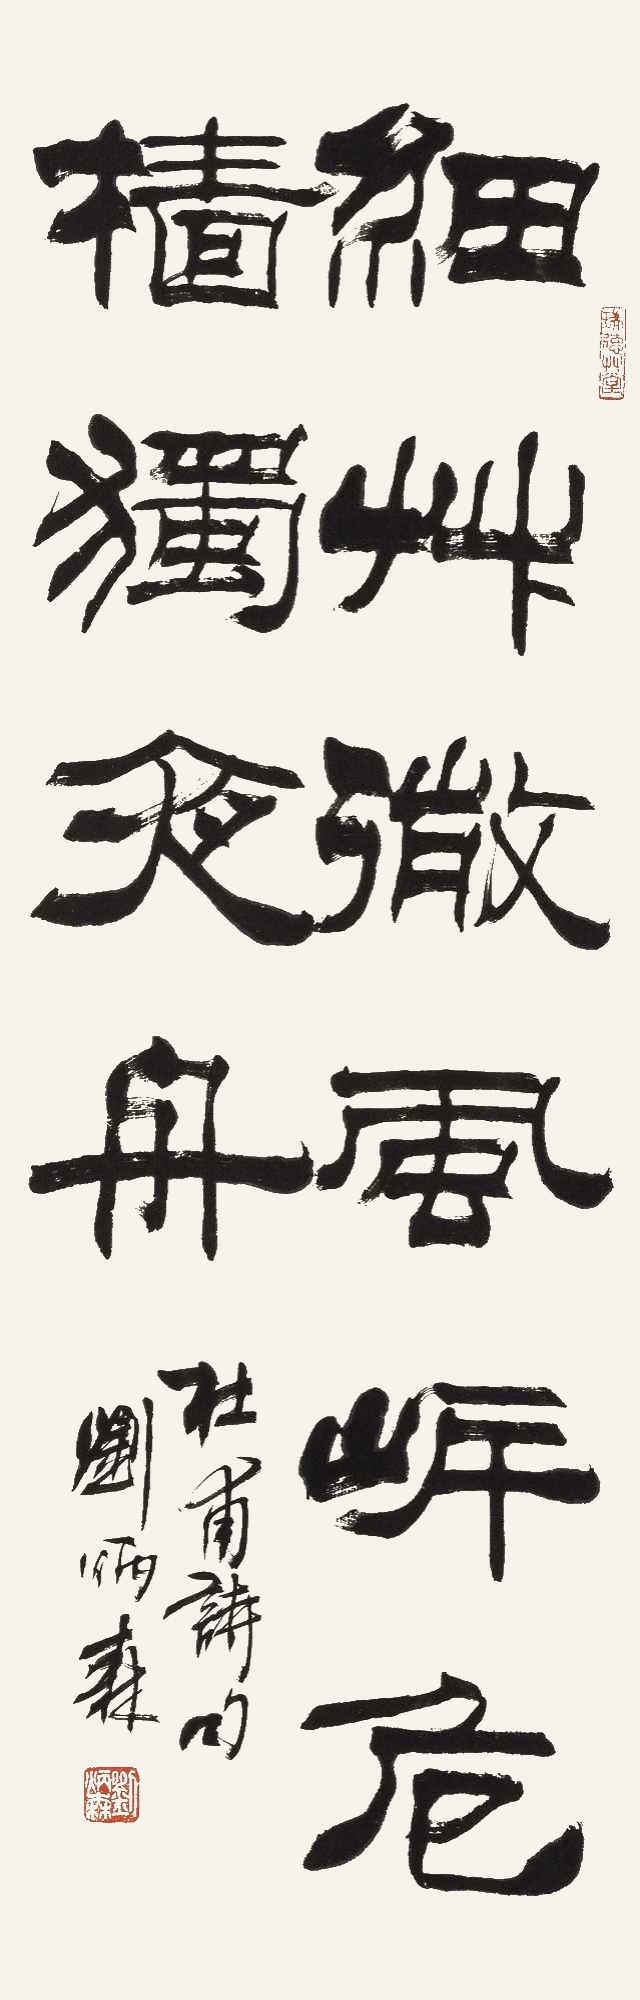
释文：细草微风岸，危樯独夜舟。杜甫诗句，刘炳森。